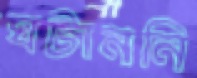
ঘটাননি